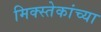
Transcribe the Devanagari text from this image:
मिक्स्तेकांच्या